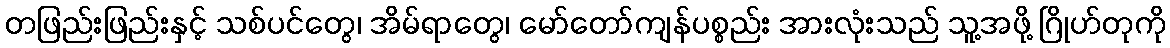
တဖြည်းဖြည်းနှင့် သစ်ပင်တွေ၊ အိမ်ရာတွေ၊ မော်တော်ကျန်ပစ္စည်း အားလုံးသည် သူ့အဖို့ ဂြိုဟ်တုကို